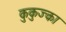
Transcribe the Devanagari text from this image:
कुकुज्का